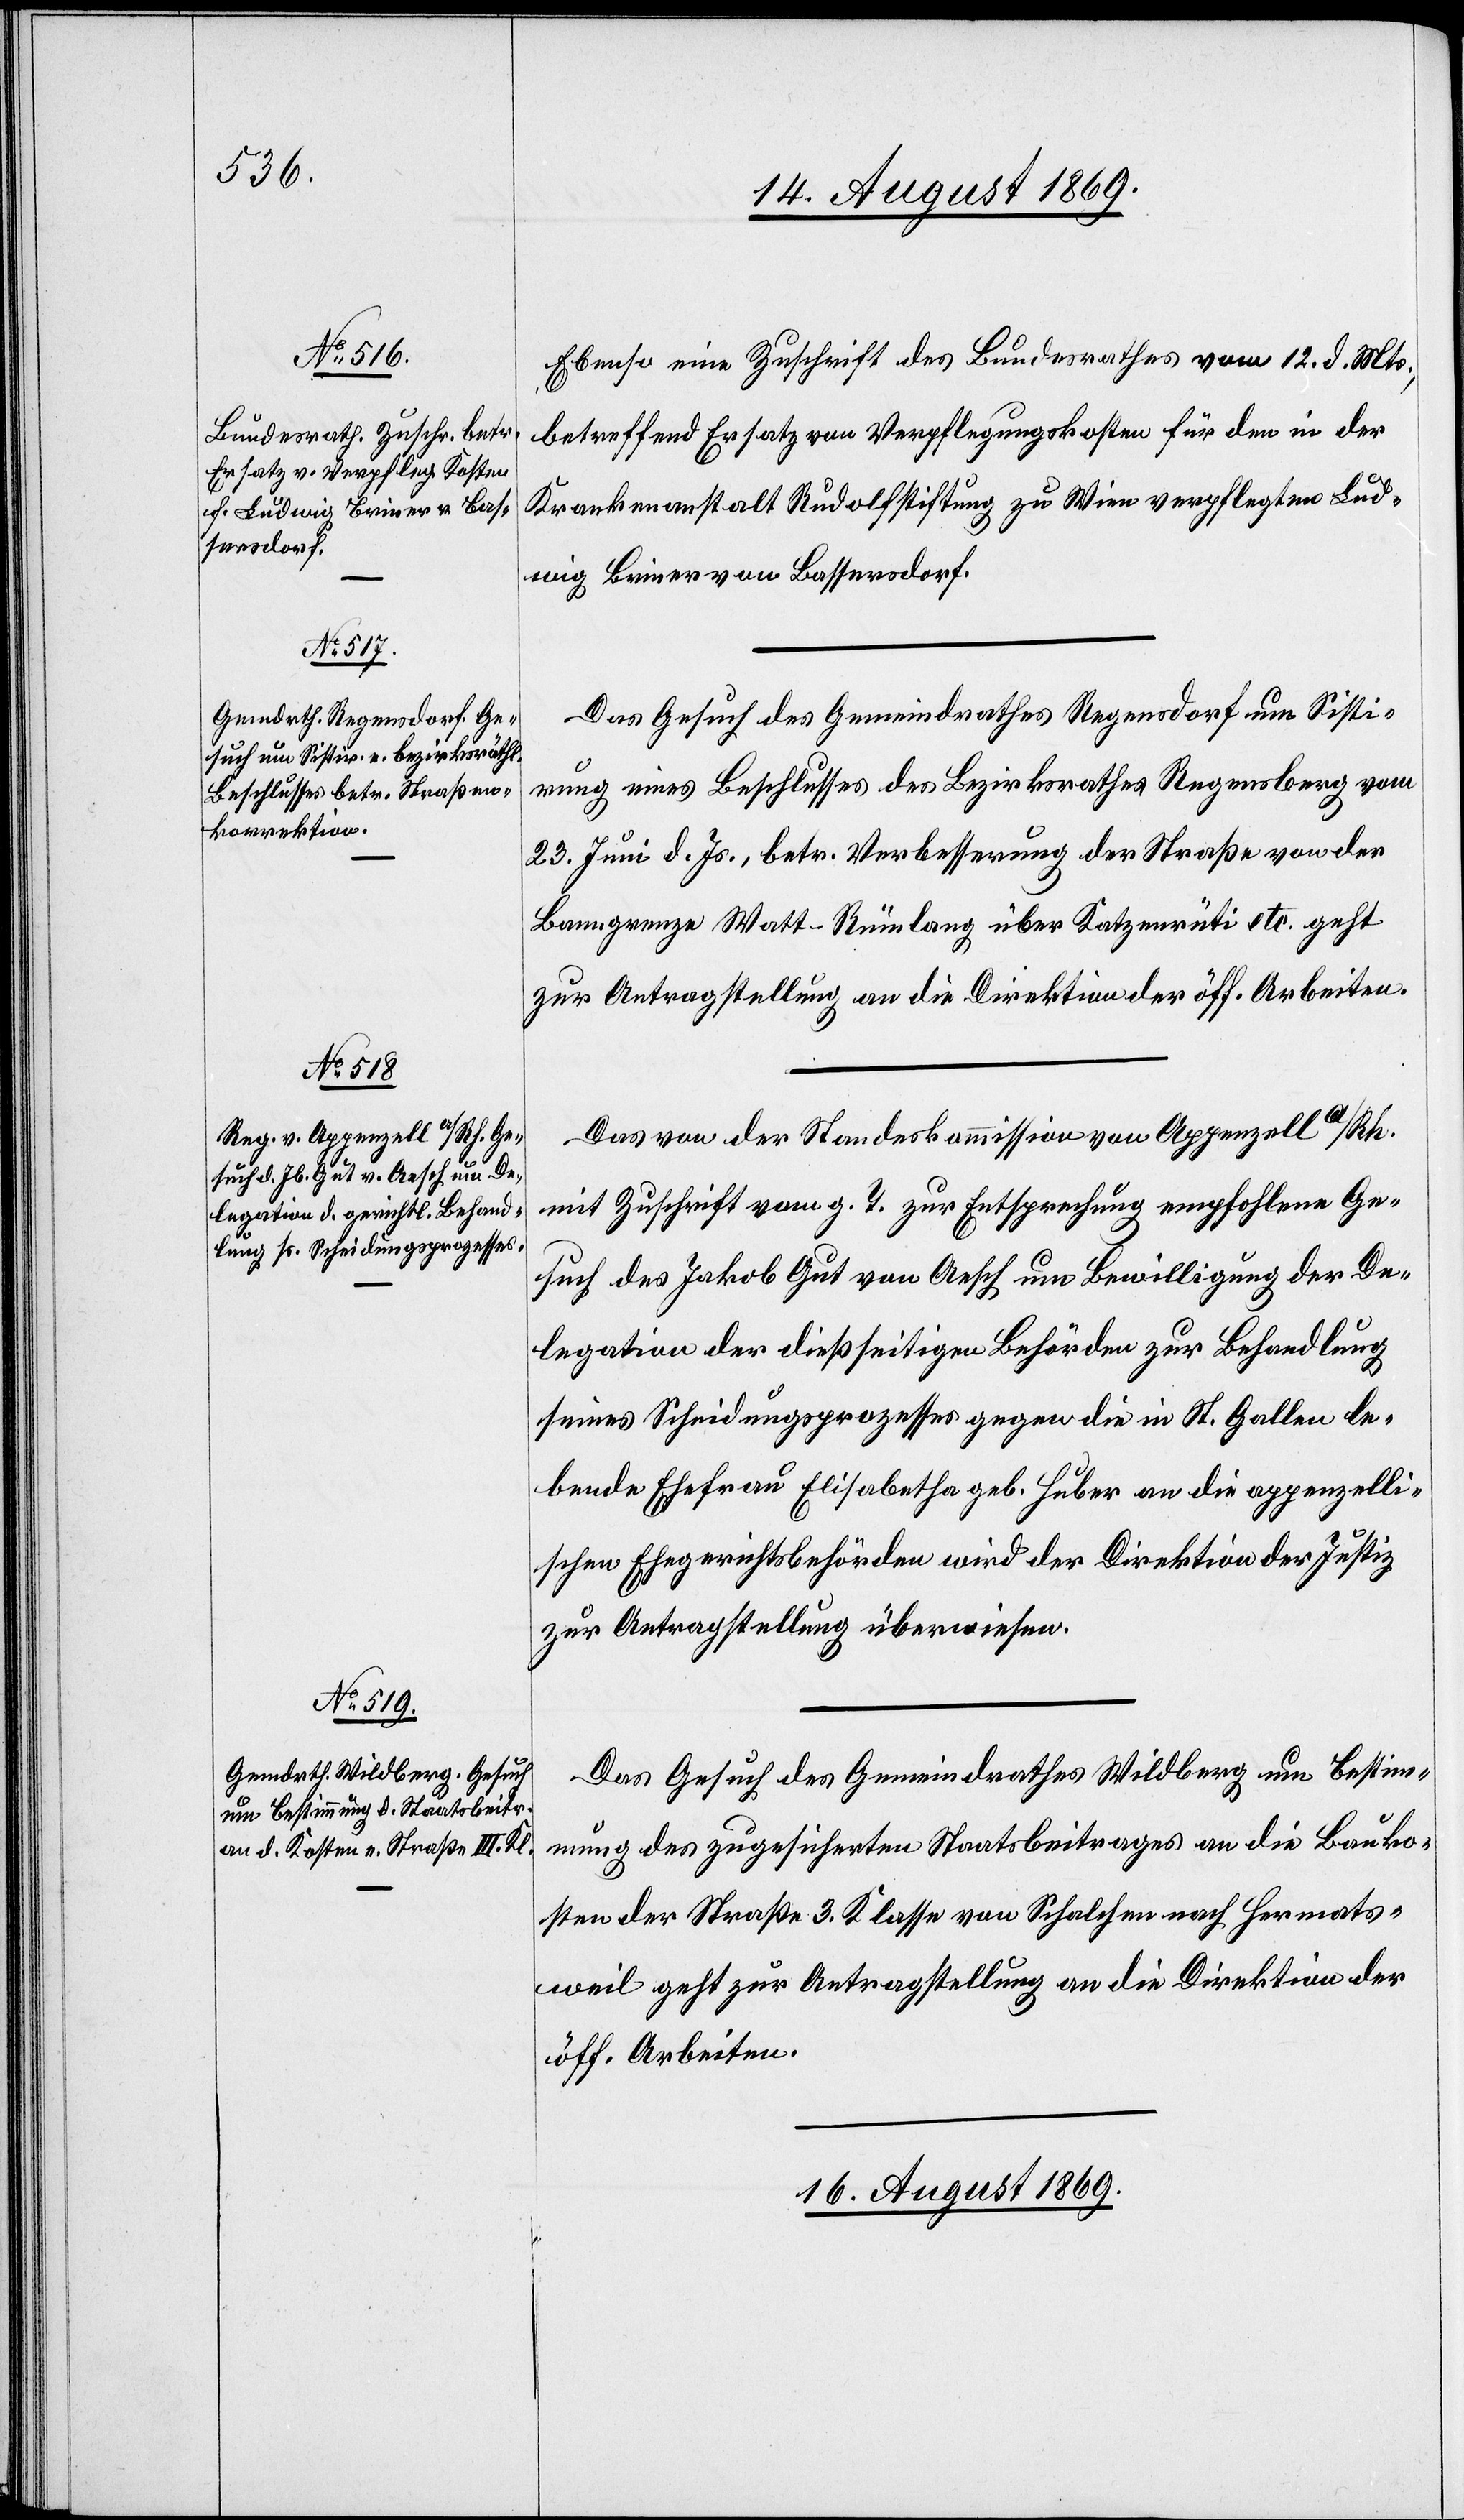
14. August 1869.]
Ebenso eine Zuschrift des Bundesrathes vom 12. d. Mts.,
betreffend Ersatz von Verpflegungskosten für den in der
Krankenanstalt Rudolfstiftung zu Wien verpflegten Lud¬
wig Briner von Bassersdorf.
Das Gesuch des Gemeindrathes Regensdorf um Sisti¬
rung eines Beschlusses des Bezirksrathes Regensberg vom
23. Juni d. Js., betr. Verbesserung der Straße von der
Banngrenze Watt-Rümlang über Katzenrüti etc. geht
zur Antragstellung an die Direktion der öff. Arbeiten.
Das von der Standeskommission von Appenzell a/Rh.
mit Zuschrift vom g. T. zur Entsprechung empfohlene Ge¬
such des Jakob Gut von Aesch um Bewilligung der De¬
legation der dießseitigen Behörden zur Behandlung
seines Scheidungsprozesses gegen die in St. Gallen le¬
bende Ehefrau Elisabetha geb. Huber an die appenzelli¬
schen Ehegerichtsbehörden wird der Direktion der Justiz
zur Antragstellung überwiesen.
Das Gesuch des Gemeindrathes Wildberg um Bestim¬
mung des zugesicherten Staatsbeitrages an die Bauko¬
sten der Straße 3. Klasse von Schalchen nach Hermats¬
weil geht zur Antragstellung an die Direktion der
öff. Arbeiten.
16. August 1869.